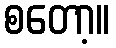
စတော့။